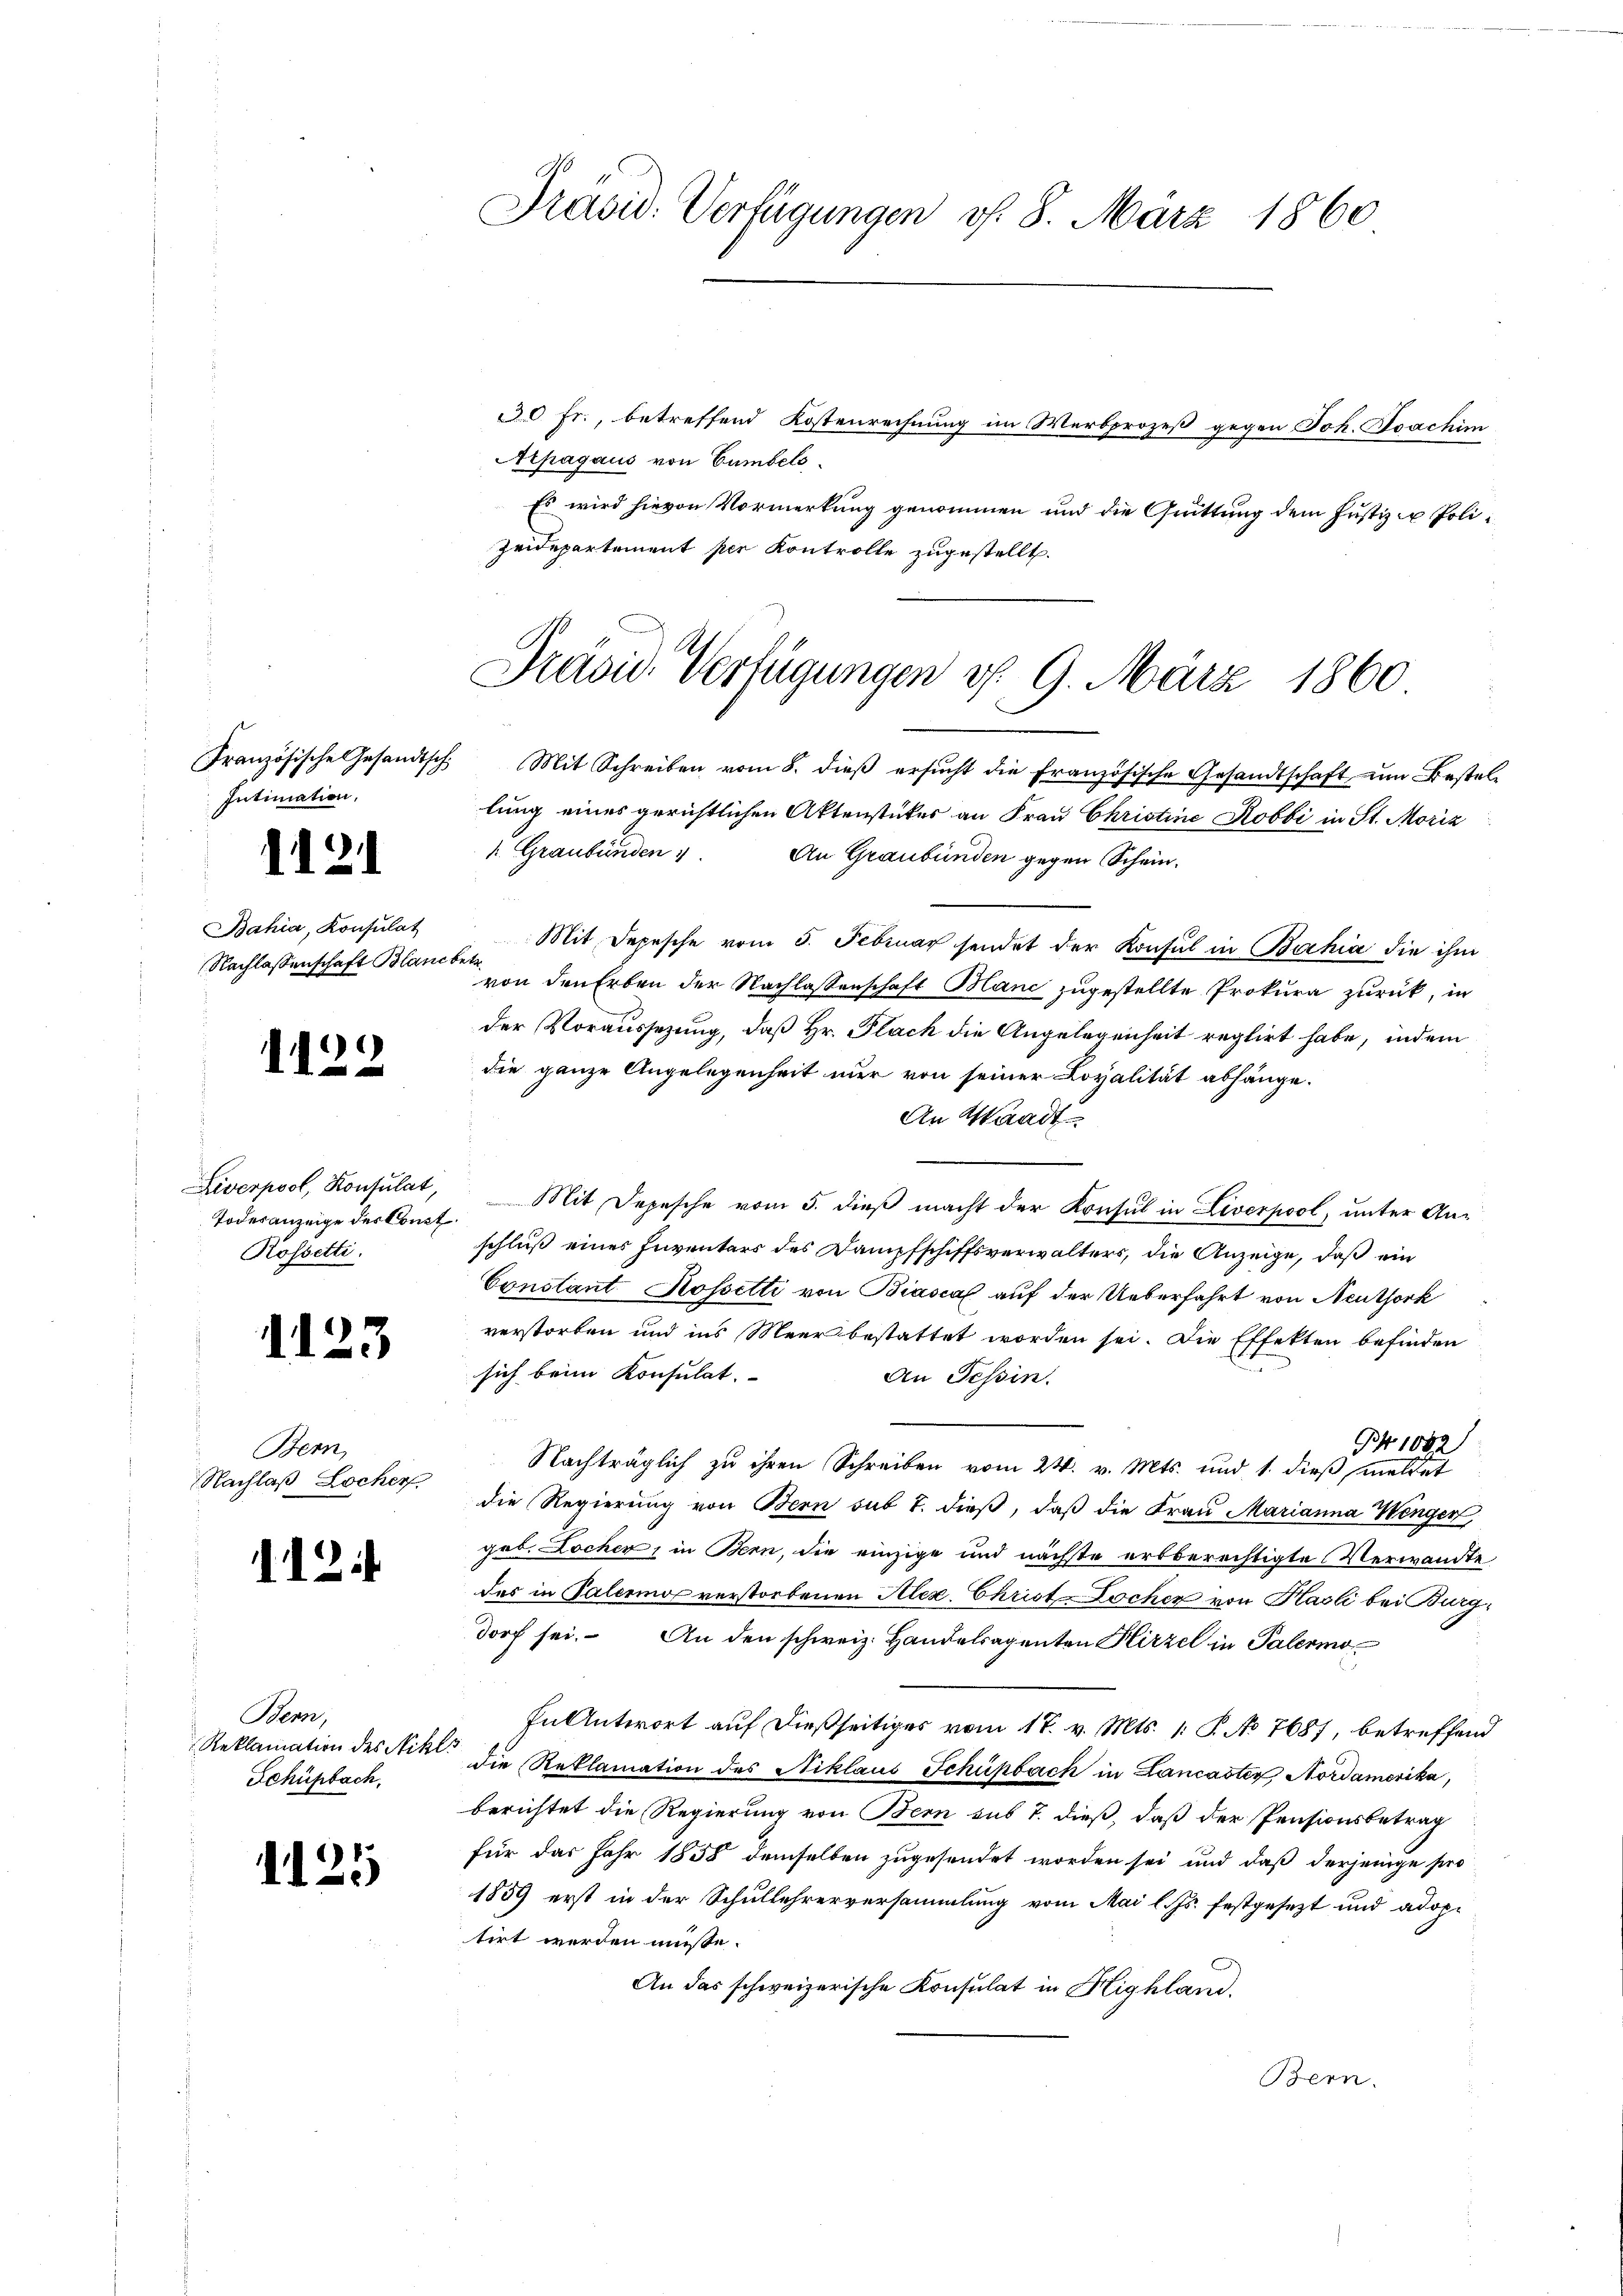
Intimation,

Bahia, Konsulat
Nachlassenschaft Blancbetz

1122

1

t

121

Liverpool, Konsulat,
Todesanzeige des Const.
Rossetti.

23

Bern,
s
Nachlaß Locher

12

Bern,
Reklamation des Nikls
Schüpbach.

1125

Präsid. Verfügungen v. 8. März 1860

30 Fr., betreffend Kostenrechnung im Werbprozeß gegen Joh. Joachim
Es wird hievon Vormerkung genommen und die Grüttung dem Justiz & Poli¬

Prävid Verfügungen v. 9. März 1860

Französische Gesandtsch. Mit Schreiben vom 8. dieβ ersŭcht die französische Gesandtschaft ŭm Bestel-
lung eines gerichtlichen Aktenstückes an Frau Christine Robbi in St. Moriz
1. Graubünden 1. An Graubünden gegen Schein.
Mit Depesche vom 5. Februar sendet der Konsul in Bahia die ihm
von den Erben der Nachlassenschaft Mani zugestellte Prokura zurück, in
der Voraussezung, daß Hr. Plach die Angelegenheit reglirt habe, indem
die ganze Angelegenheit nur von seiner Loyalität abhänge.
An Waadt
Mit Depesche vom 5. dieß macht der Konsul in Liverpool, unter Anschluß eines Inventars des Dampfschiffsverwalters, die Anzeige, daß ein
Constant Rossetti von Biascal auf der Ueberfahrt von Neuthork
verstorben und ins Meer bestattet worden sei. Die Effekten befinden
sich beim Konsulat.
An Tessin.
B. 1082)
Nachträglich zu ihren Schreiben vom 24. v. Mts. und 1. dieβ meldet
die Regierung von Bern sub 7. dieß, daß die Frau Marianna Wengen,
get. Locher, in Bern, die einzige und nächste erbberechtigte Verwandte
das in Palermor verstorbenen Alex. Christ-Locher von Hasli bei Burgdorf sei. An den schweiz. Handelsagenten Hirzel in Palermo
In Antwort auf dießseitiges vom 18. v. Mts. 1. P. No 7687, betreffend
die Reklamation des Niklaus Schüpbach in Lancaster Nordamerika,
berichtet die Regierung von Bern sub 7. dieß, daß der Pensionsbetrag
für das Jahr 1858 demselben zugesendet worden sei und daß derjenige pro
1859 erst in der Schullehrerversammlung vom Mai l. Js. festgesezt und adoptirt werden müsse.
An das schweizerische Konsulat in Highland.
Bern.

Arpagaus von Cumbels
Zeidepartement per Kontrolle zugestellt.